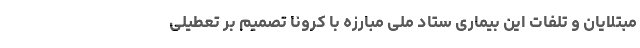
مبتلایان و تلفات این بیماری ستاد ملی مبارزه با کرونا تصمیم بر تعطیلی